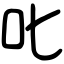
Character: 叱